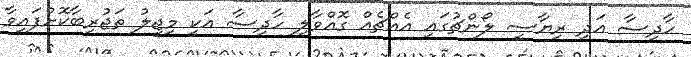
ހާދިސާ އަދި ރިޔާސީ ލޯންޗުގައި އެއްޗެއްް ގޮއްވާލި ހާދިސާ އަކީ މިޖީލު ތަޖުރިބާކޮށްފައިވާ